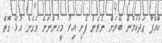
ކޮއްޕާ ގަދަކަމުން ބޭރަށް ނެރެން ފެށި އިރު މީހުންނަށް ވެގެން އުޅޭ ގޮތް